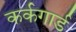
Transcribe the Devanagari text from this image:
कर्कगार्ड